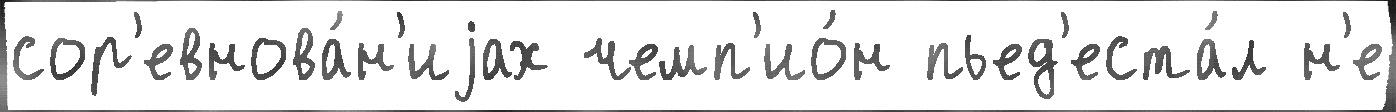
сор'евнова́н'иjах чемп'ио́н пьед'еста́л н'е